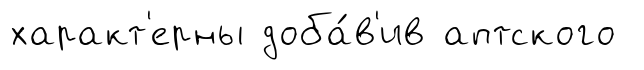
характ'ерны доба́в'ив аптского